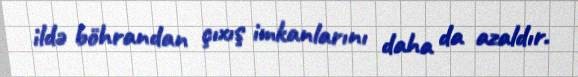
ildə böhrandan çıxış imkanlarını daha da azaldır.